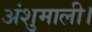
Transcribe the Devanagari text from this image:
अंशुमाली।